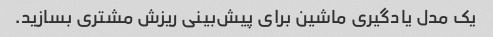
یک مدل یادگیری ماشین برای پیش‌بینی ریزش مشتری بسازید.